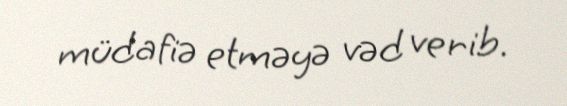
müdafiə etməyə vəd verib.